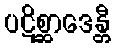
ပဋိစ္ဆာဒေန္တီ